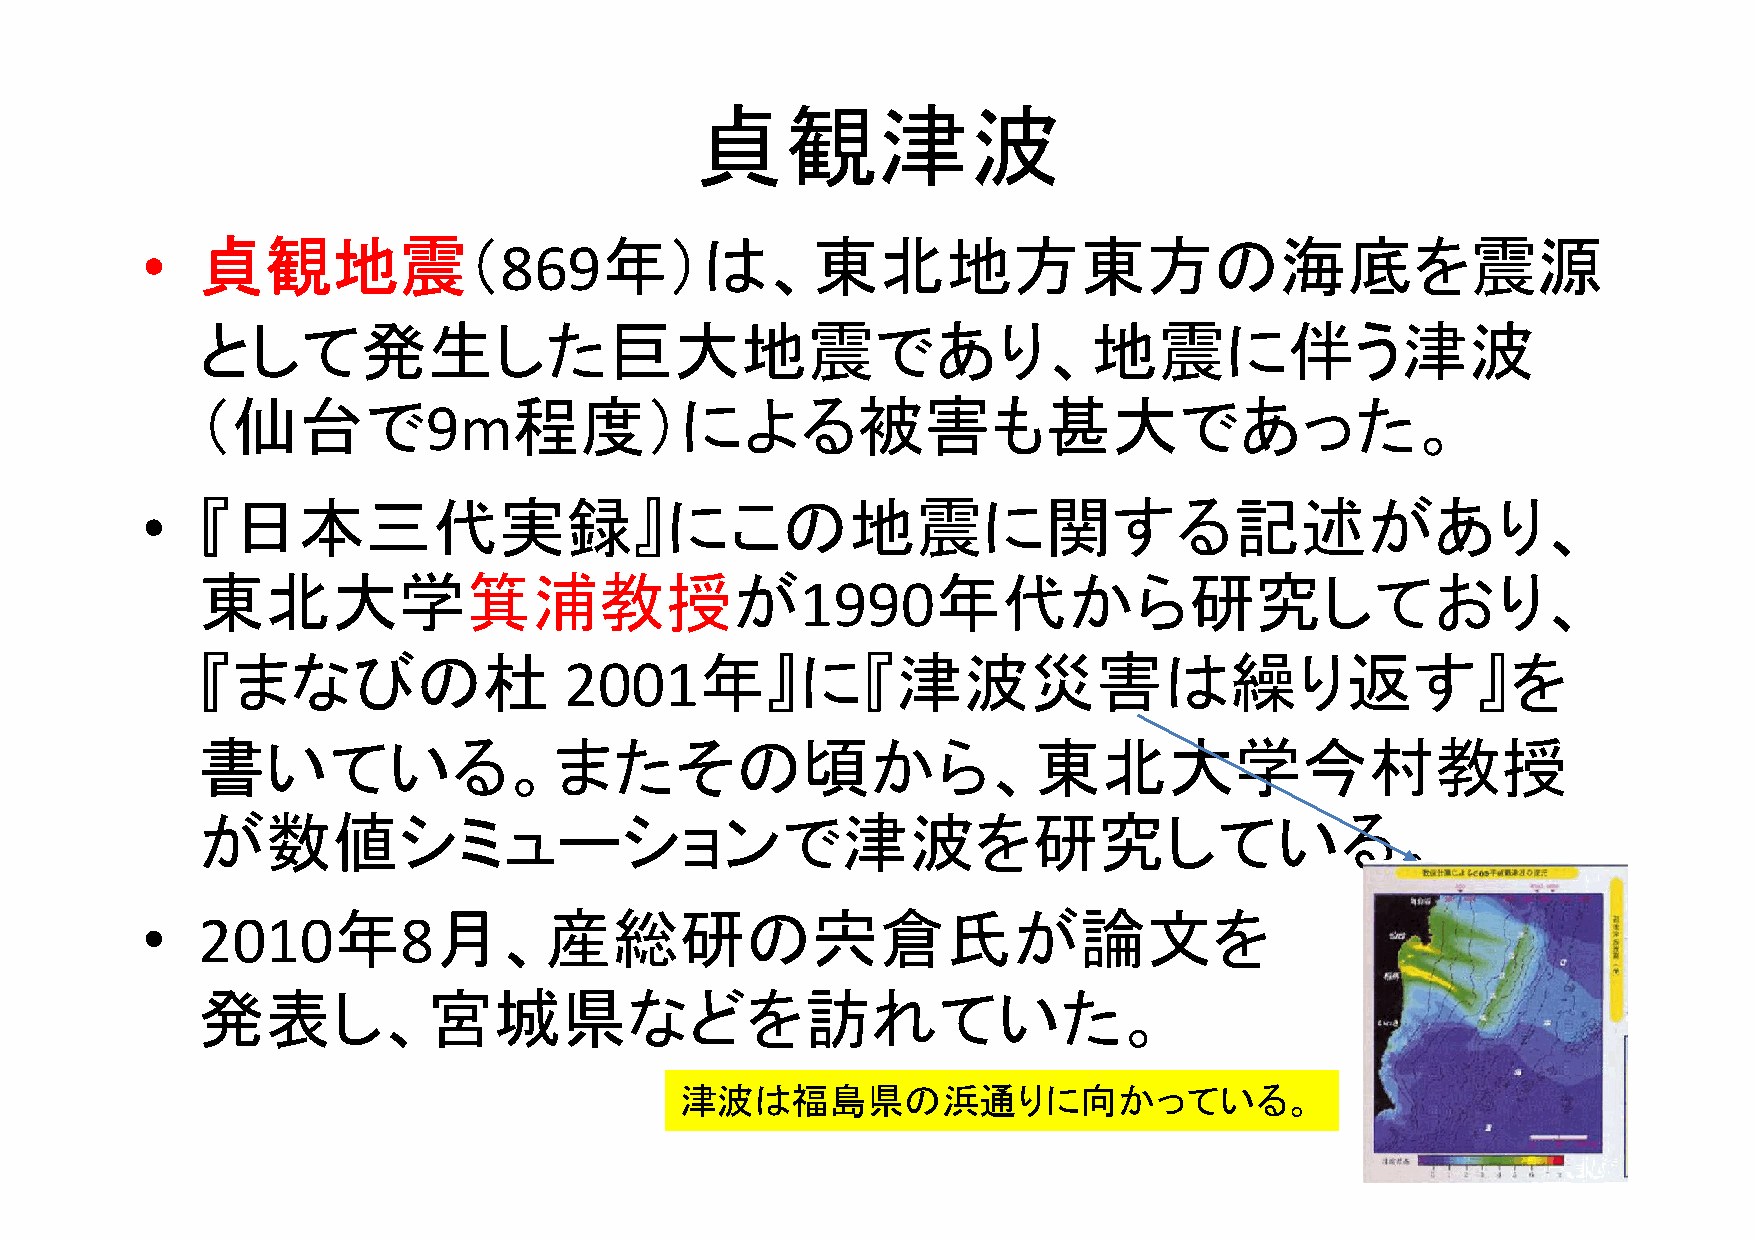
貞観津波
 •   貞観地震（               869年）は、東北地方東方の海底を震源
 として発生した巨大地震であり、地震に伴う津波
 （仙台で                 程度）による被害も甚大であった。
 9m
 •   『日本三代実録』にこの地震に関する記述があり、
 東北大学箕浦教授が                                        年代から研究しており、
 1990
 『まなびの杜                           年』に『津波災害は繰り返す』を
 2001
 書いている。またその頃から、東北大学今村教授
 が数値シミューションで津波を研究している。
 •   2010年        8月、産総研の宍倉氏が論文を
 発表し、宮城県などを訪れていた。
 津波は福島県の浜通りに向かっている。